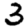
Digit: 3